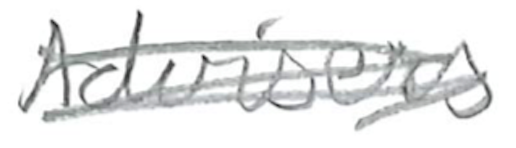
Text: Advisers
Cross-out: mix
Writing tool: pencil